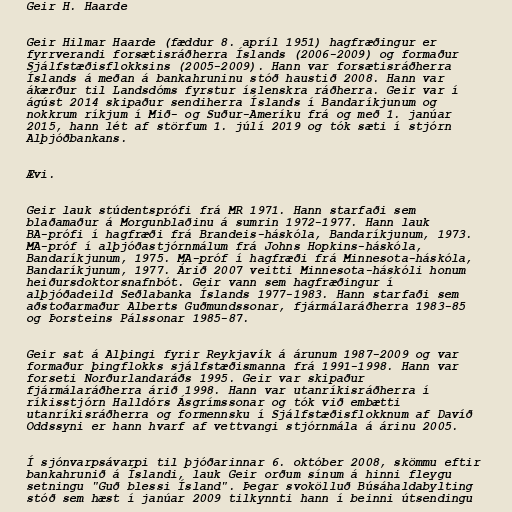
Geir H. Haarde

Geir Hilmar Haarde (fæddur 8. apríl 1951) hagfræðingur er
fyrrverandi forsætisráðherra Íslands (2006-2009) og formaður
Sjálfstæðisflokksins (2005-2009). Hann var forsætisráðherra
Íslands á meðan á bankahruninu stóð haustið 2008. Hann var
ákærður til Landsdóms fyrstur íslenskra ráðherra. Geir var í
ágúst 2014 skipaður sendiherra Íslands í Bandaríkjunum og
nokkrum ríkjum í Mið- og Suður-Ameríku frá og með 1. janúar
2015, hann lét af störfum 1. júlí 2019 og tók sæti í stjórn
Alþjóðbankans.

Ævi.

Geir lauk stúdentsprófi frá MR 1971. Hann starfaði sem
blaðamaður á Morgunblaðinu á sumrin 1972-1977. Hann lauk
BA-prófi í hagfræði frá Brandeis-háskóla, Bandaríkjunum, 1973.
MA-próf í alþjóðastjórnmálum frá Johns Hopkins-háskóla,
Bandaríkjunum, 1975. MA-próf í hagfræði frá Minnesota-háskóla,
Bandaríkjunum, 1977. Árið 2007 veitti Minnesota-háskóli honum
heiðursdoktorsnafnbót. Geir vann sem hagfræðingur í
alþjóðadeild Seðlabanka Íslands 1977-1983. Hann starfaði sem
aðstoðarmaður Alberts Guðmundssonar, fjármálaráðherra 1983-85
og Þorsteins Pálssonar 1985-87.

Geir sat á Alþingi fyrir Reykjavík á árunum 1987-2009 og var
formaður þingflokks sjálfstæðismanna frá 1991-1998. Hann var
forseti Norðurlandaráðs 1995. Geir var skipaður
fjármálaráðherra árið 1998. Hann var utanríkisráðherra í
ríkisstjórn Halldórs Ásgrímssonar og tók við embætti
utanríkisráðherra og formennsku í Sjálfstæðisflokknum af Davíð
Oddssyni er hann hvarf af vettvangi stjórnmála á árinu 2005.

Í sjónvarpsávarpi til þjóðarinnar 6. október 2008, skömmu eftir
bankahrunið á Íslandi, lauk Geir orðum sínum á hinni fleygu
setningu "Guð blessi Ísland". Þegar svokölluð Búsáhaldabylting
stóð sem hæst í janúar 2009 tilkynnti hann í beinni útsendingu